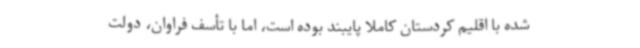
شده با اقلیم کردستان کاملاً پایبند بوده است، اما با تأسف فراوان، دولت